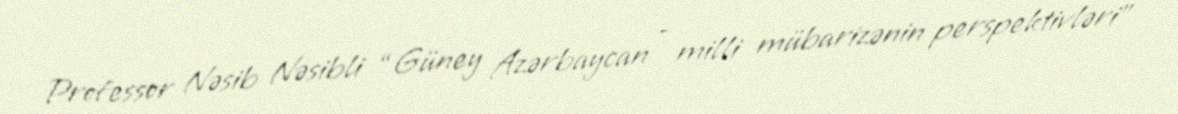
Professor Nəsib Nəsibli “Güney Azərbaycan - milli mübarizənin perspektivləri”